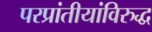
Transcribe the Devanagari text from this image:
परप्रांतीयांविरुद्ध